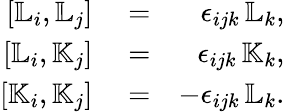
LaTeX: \begin{array}{rlr}{[{\mathbb L}_{i},{\mathbb L}_{j}]}&{{}=}&{\epsilon_{ijk}\, {\mathbb L}_{k},}\\ {[{\mathbb L}_{i},{\mathbb K}_{j}]}&{{}=}&{\epsilon_{ijk}\, {\mathbb K}_{k},}\\ {[{\mathbb K}_{i},{\mathbb K}_{j}]}&{{}=}&{-\epsilon_{ijk}\, {\mathbb L}_{k}.}\end{array}